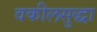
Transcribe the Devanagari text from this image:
वकीलसुद्धा